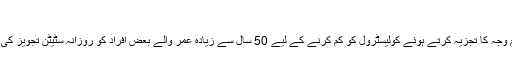
‘
انھوں نے دل کے امراض سے اموات کی سب سے عام وجہ کا تجزیہ کرتے ہوئے کولیسٹرول کو کم کرنے کے لیے 50 سال سے زیادہ عمر والے بعض افراد کو روزانہ سٹیٹن تجویز کی اور بعض کو روزانہ ایک سیب کھانے کی صلاح دی۔